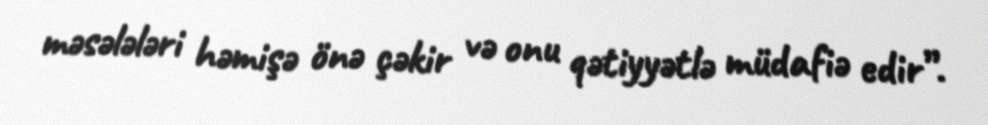
məsələləri həmişə önə çəkir və onu qətiyyətlə müdafiə edir”.